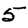
Digit: 5